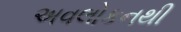
અવલોકનથી